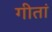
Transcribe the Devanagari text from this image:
गीतां